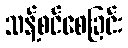
သန့်စင်စေခြင်း